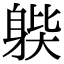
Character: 𨉊